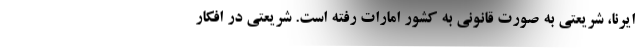
ایرنا، شریعتی به صورت قانونی به کشور امارات رفته است. شریعتی در افکار